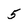
Character: 5